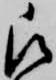
被